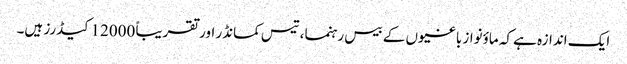
ایک اندازہ ہے کہ ماؤنواز باغیوں کے بیس رہنما، تیس کمانڈر اور تقریباً 12000 کیڈرز ہیں۔